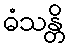
ဓံသန္တိ